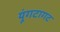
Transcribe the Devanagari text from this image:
यूंगटागट